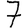
Digit: 7